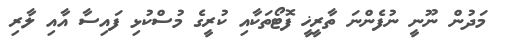
މަދުން ނޫނީ ނުފެންނަ ތާރީޚީ ފޮޓޯތަކާއި ކުރީގެ މުސްކުޅި ފައިސާ އާއި ލާރި